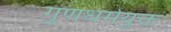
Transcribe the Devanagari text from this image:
गुणधर्मयुक्त